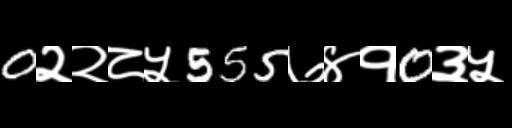
Text: 0२२८५555७४१0३५